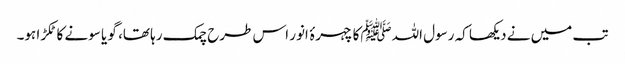
تب میں نے دیکھا کہ رسول اللہﷺکا چہرۂ انور اس طرح چمک رہا تھا، گو یا سونے کا ٹکڑا ہو۔